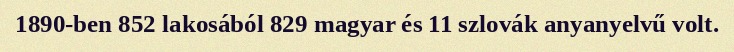
1890-ben 852 lakosából 829 magyar és 11 szlovák anyanyelvű volt.